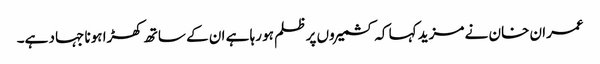
عمران خان نے مزید کہا کہ کشمیروں پر ظلم ہو رہا ہے ان کے ساتھ کھڑا ہونا جہاد ہے۔